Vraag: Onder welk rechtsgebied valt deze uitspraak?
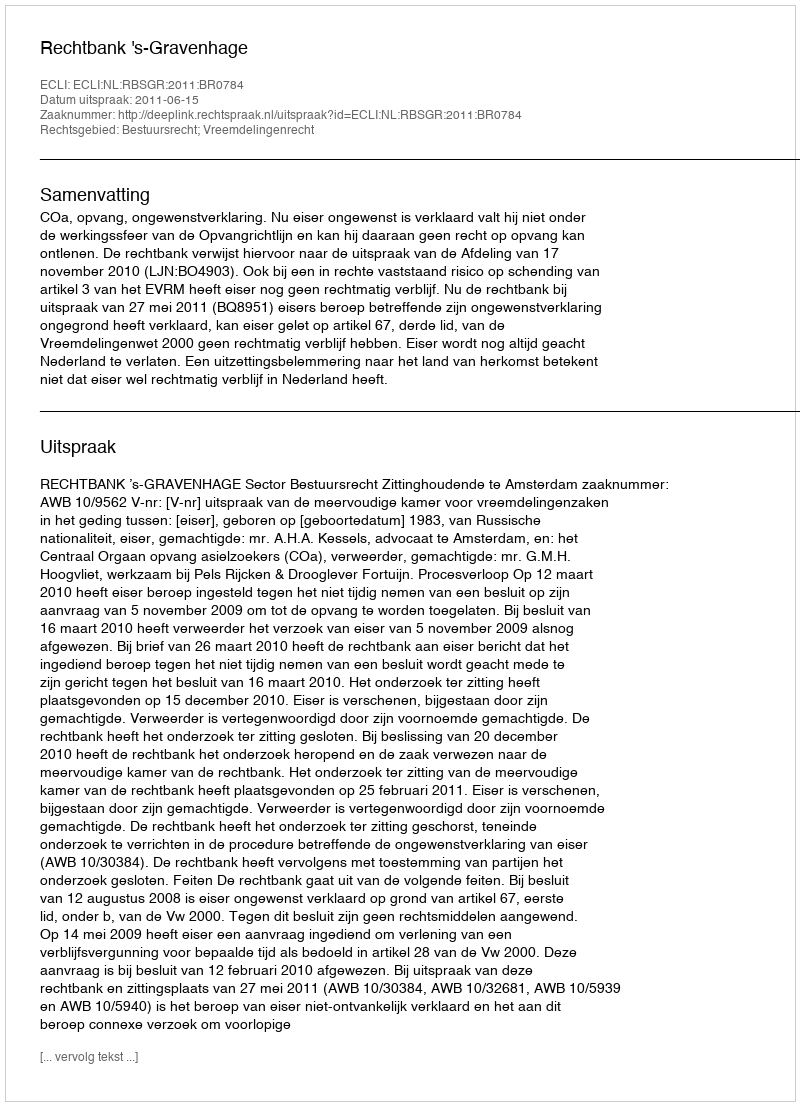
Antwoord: Bestuursrecht; Vreemdelingenrecht